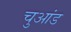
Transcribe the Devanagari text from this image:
चुआंड